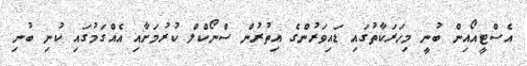
އެސްޓީއޯއިން ބުނީ މިހަރަކާތުގައި ޑައިވަރުންގެ އިތުރުން ސްނޯކްލް ކުރުމަށާއި އެއްގަމުގައި ކުނި ބުނި